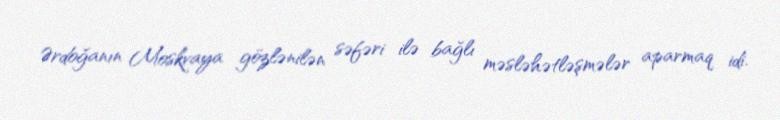
Ərdoğanın Moskvaya gözlənilən səfəri ilə bağlı məsləhətləşmələr aparmaq idi.